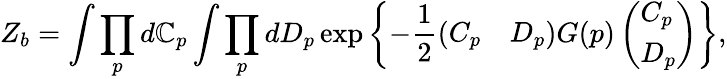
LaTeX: Z_{b}=\int\prod_{p}d\mathbb{C}_{p}\int\prod_{p}dD_{p}\exp\left\{ -\frac{{1}}{{2}}(\begin{array}{ll}{{C_{p}}}&{{D_{p}}}\end{array})G(p)\left(\begin{array}{l}{{C_{p}}}\\ {{D_{p}}}\end{array}\right)\right\} ,